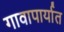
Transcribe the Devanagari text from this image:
गावापार्यात